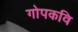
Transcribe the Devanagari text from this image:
गोपकवि